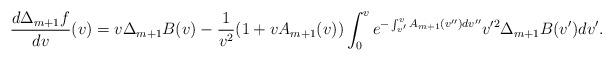
LaTeX: \begin{align*} \frac{d\Delta_{m+1}f}{dv}(v)=v\Delta_{m+1}B(v)-\frac{1}{v^2}(1+vA_{m+1}(v))\int_0^ve^{-\int_{v'}^vA_{m+1}(v'')dv''}v'^2\Delta_{m+1}B(v')dv'.\end{align*}